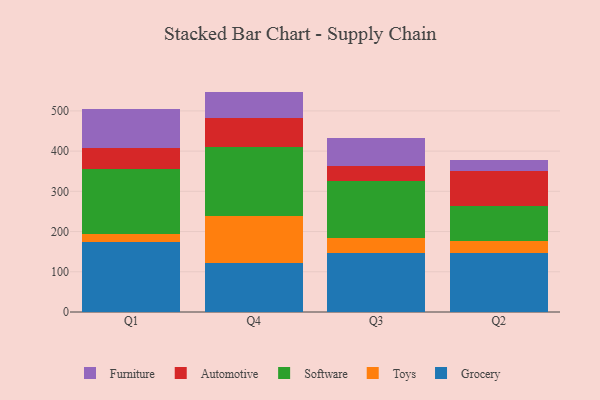
{"axis": {"x": "Quarter", "y": "Humidity (%)"}, "legend": ["Automotive", "Furniture", "Grocery", "Software", "Toys"], "data": [{"x": "Q1", "y": 174.3, "type": "Grocery"}, {"x": "Q1", "y": 20.5, "type": "Toys"}, {"x": "Q1", "y": 160.2, "type": "Software"}, {"x": "Q1", "y": 53.4, "type": "Automotive"}, {"x": "Q1", "y": 97.3, "type": "Furniture"}, {"x": "Q4", "y": 122.0, "type": "Grocery"}, {"x": "Q4", "y": 116.7, "type": "Toys"}, {"x": "Q4", "y": 172.5, "type": "Software"}, {"x": "Q4", "y": 71.6, "type": "Automotive"}, {"x": "Q4", "y": 65.2, "type": "Furniture"}, {"x": "Q3", "y": 145.7, "type": "Grocery"}, {"x": "Q3", "y": 38.1, "type": "Toys"}, {"x": "Q3", "y": 143.0, "type": "Software"}, {"x": "Q3", "y": 36.6, "type": "Automotive"}, {"x": "Q3", "y": 68.6, "type": "Furniture"}, {"x": "Q2", "y": 147.2, "type": "Grocery"}, {"x": "Q2", "y": 28.6, "type": "Toys"}, {"x": "Q2", "y": 88.6, "type": "Software"}, {"x": "Q2", "y": 85.3, "type": "Automotive"}, {"x": "Q2", "y": 27.9, "type": "Furniture"}]}